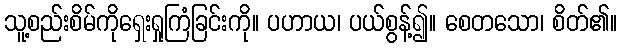
သူ့စည်းစိမ်ကိုရှေးရှုကြံခြင်းကို။ ပဟာယ၊ ပယ်စွန့်၍။ စေတသော၊ စိတ်၏။